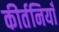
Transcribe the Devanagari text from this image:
कीर्तनियाँ